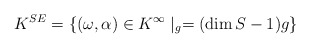
\begin{align*}K^{SE}=\{(\omega,\alpha)\in K^\infty\mid _g=(\dim S -1)g\}\end{align*}